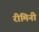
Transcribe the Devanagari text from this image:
रीमिनी